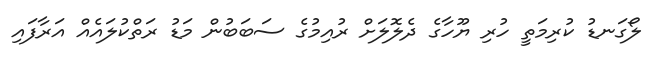
ލޯގަނޑު ކުރިމަތީ ހުރި ޔޫހާގެ ދެލޮލަށް ރުއިމުގެ ސަބަބުން މަޑު ރަތްކުލައެއް އަރާފައި